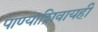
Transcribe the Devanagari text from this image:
पाण्याशिवायही